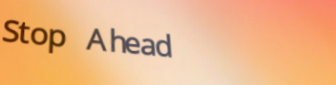
Stop Ahead